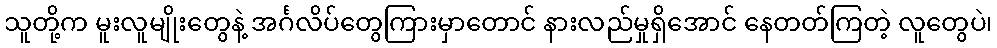
သူတို့က မူးလူမျိုးတွေနဲ့ အင်္ဂလိပ်တွေကြားမှာတောင် နားလည်မှုရှိအောင် နေတတ်ကြတဲ့ လူတွေပဲ၊